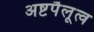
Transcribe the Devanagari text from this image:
अष्टपैलूत्व